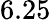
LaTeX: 6.25